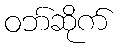
ဝဘ်ဆိုက်